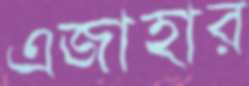
এজাহার